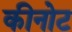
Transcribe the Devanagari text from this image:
कीनोट